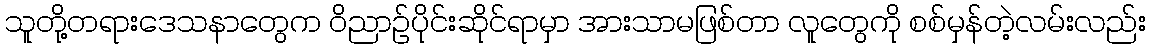
သူတို့တရားဒေသနာတွေက ဝိညာဉ်ပိုင်းဆိုင်ရာမှာ အားသာမဖြစ်တာ လူတွေကို စစ်မှန်တဲ့လမ်းလည်း